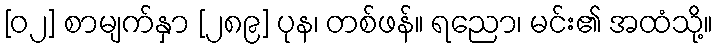
[၀၂] စာမျက်နှာ [၂၈၉] ပုန၊ တစ်ဖန်။ ရညော၊ မင်း၏ အထံသို့။